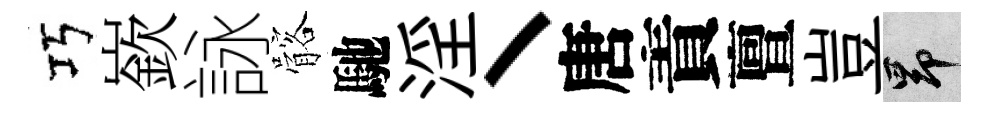
巧嶔詠髂馳淫丶唐責亶豈昂